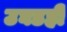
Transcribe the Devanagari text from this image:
उघडही